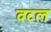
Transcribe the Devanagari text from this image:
वटल